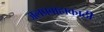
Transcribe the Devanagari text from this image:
जलप्रवाहाकाठी